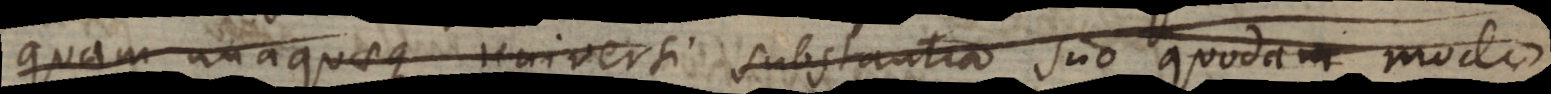
quam unaquaeque universi substantia suo quodam modo